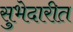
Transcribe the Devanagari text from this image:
सुभेदारीत